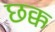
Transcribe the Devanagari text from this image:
छक्क